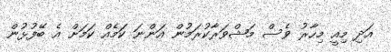
އަދި މިއީ މިހާރު ވެސް މަޝްވަރާކުރަމުން އަންނަ ކަމެއް ކަމަށް އެ ބޭފުޅުން